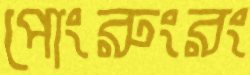
পোংরুংরং